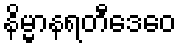
နိမ္မာနရတီဒေဝေ